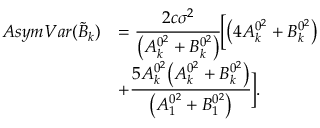
\begin{array} { r l } { A s y m V a r ( \widetilde { B } _ { k } ) } & { = \cfrac { 2 c \sigma ^ { 2 } } { \big ( A _ { k } ^ { 0 ^ { 2 } } + B _ { k } ^ { 0 ^ { 2 } } \big ) } \bigg [ \big ( 4 A _ { k } ^ { 0 ^ { 2 } } + B _ { k } ^ { 0 ^ { 2 } } \big ) } \\ & { + \cfrac { 5 A _ { k } ^ { 0 ^ { 2 } } \big ( A _ { k } ^ { 0 ^ { 2 } } + B _ { k } ^ { 0 ^ { 2 } } \big ) } { \big ( A _ { 1 } ^ { 0 ^ { 2 } } + B _ { 1 } ^ { 0 ^ { 2 } } \big ) } \bigg ] . } \end{array}